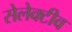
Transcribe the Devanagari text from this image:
सेलेक्टीव